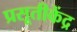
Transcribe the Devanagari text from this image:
प्रसूतीकेंद्र